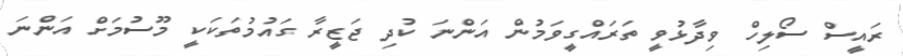
ރައީސް ސޯލިހް ވިދާޅުވީ ތަރައްގީވަމުން އަންނަ ކުދި ޖަޒީރާ ގައުމުތަކަކީ މޫސުމަށް އަންނަ